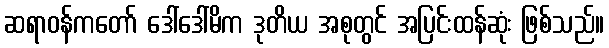
ဆရာဝန်ကတော် ဒေါ်ဒေါ်မိက ဒုတိယ အစုတွင် အပြင်းထန်ဆုံး ဖြစ်သည်။